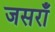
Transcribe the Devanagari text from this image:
जसराँ